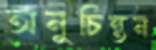
অনুচিন্তন